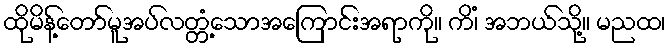
ထိုမိန့်တော်မူအပ်လတ္တံ့သောအကြောင်းအရာကို။ ကိံ၊ အဘယ်သို့။ မညထ၊